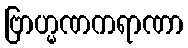
ဗြာဟ္မဏကရာဏာ